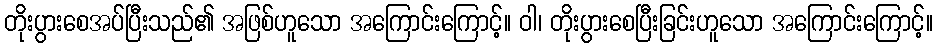
တိုးပွားစေအပ်ပြီးသည်၏ အဖြစ်ဟူသော အကြောင်းကြောင့်။ ဝါ၊ တိုးပွားစေပြီးခြင်းဟူသော အကြောင်းကြောင့်။